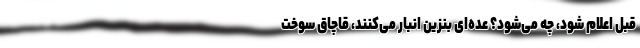
قبل اعلام شود، چه می‌شود؟ عده‌ای بنزین انبار می‌کنند، قاچاق سوخت